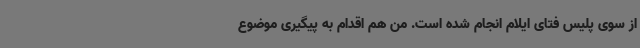
از سوی پلیس فتای ایلام انجام شده است. من هم اقدام به پیگیری موضوع